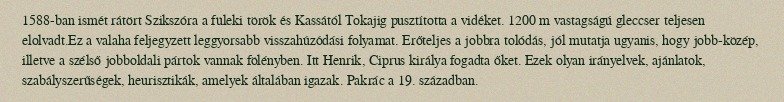
1588-ban ismét rátört Szikszóra a füleki török és Kassától Tokajig pusztította a vidéket. 1200 m vastagságú gleccser teljesen elolvadt.Ez a valaha feljegyzett leggyorsabb visszahúzódási folyamat. Erőteljes a jobbra tolódás, jól mutatja ugyanis, hogy jobb-közép, illetve a szélső jobboldali pártok vannak fölényben. Itt Henrik, Ciprus királya fogadta őket. Ezek olyan irányelvek, ajánlatok, szabályszerűségek, heurisztikák, amelyek általában igazak. Pakrác a 19. században.